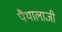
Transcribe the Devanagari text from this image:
पैथालाजी